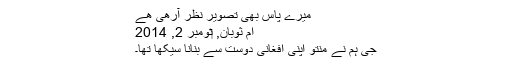
میرے پاس بهی تصویر نظر آرهی هے
ام ثوبان, ‏نومبر 2, 2014
جی ہم نے منتو اپنی افغانی دوست سے بنانا سیکها تها۔